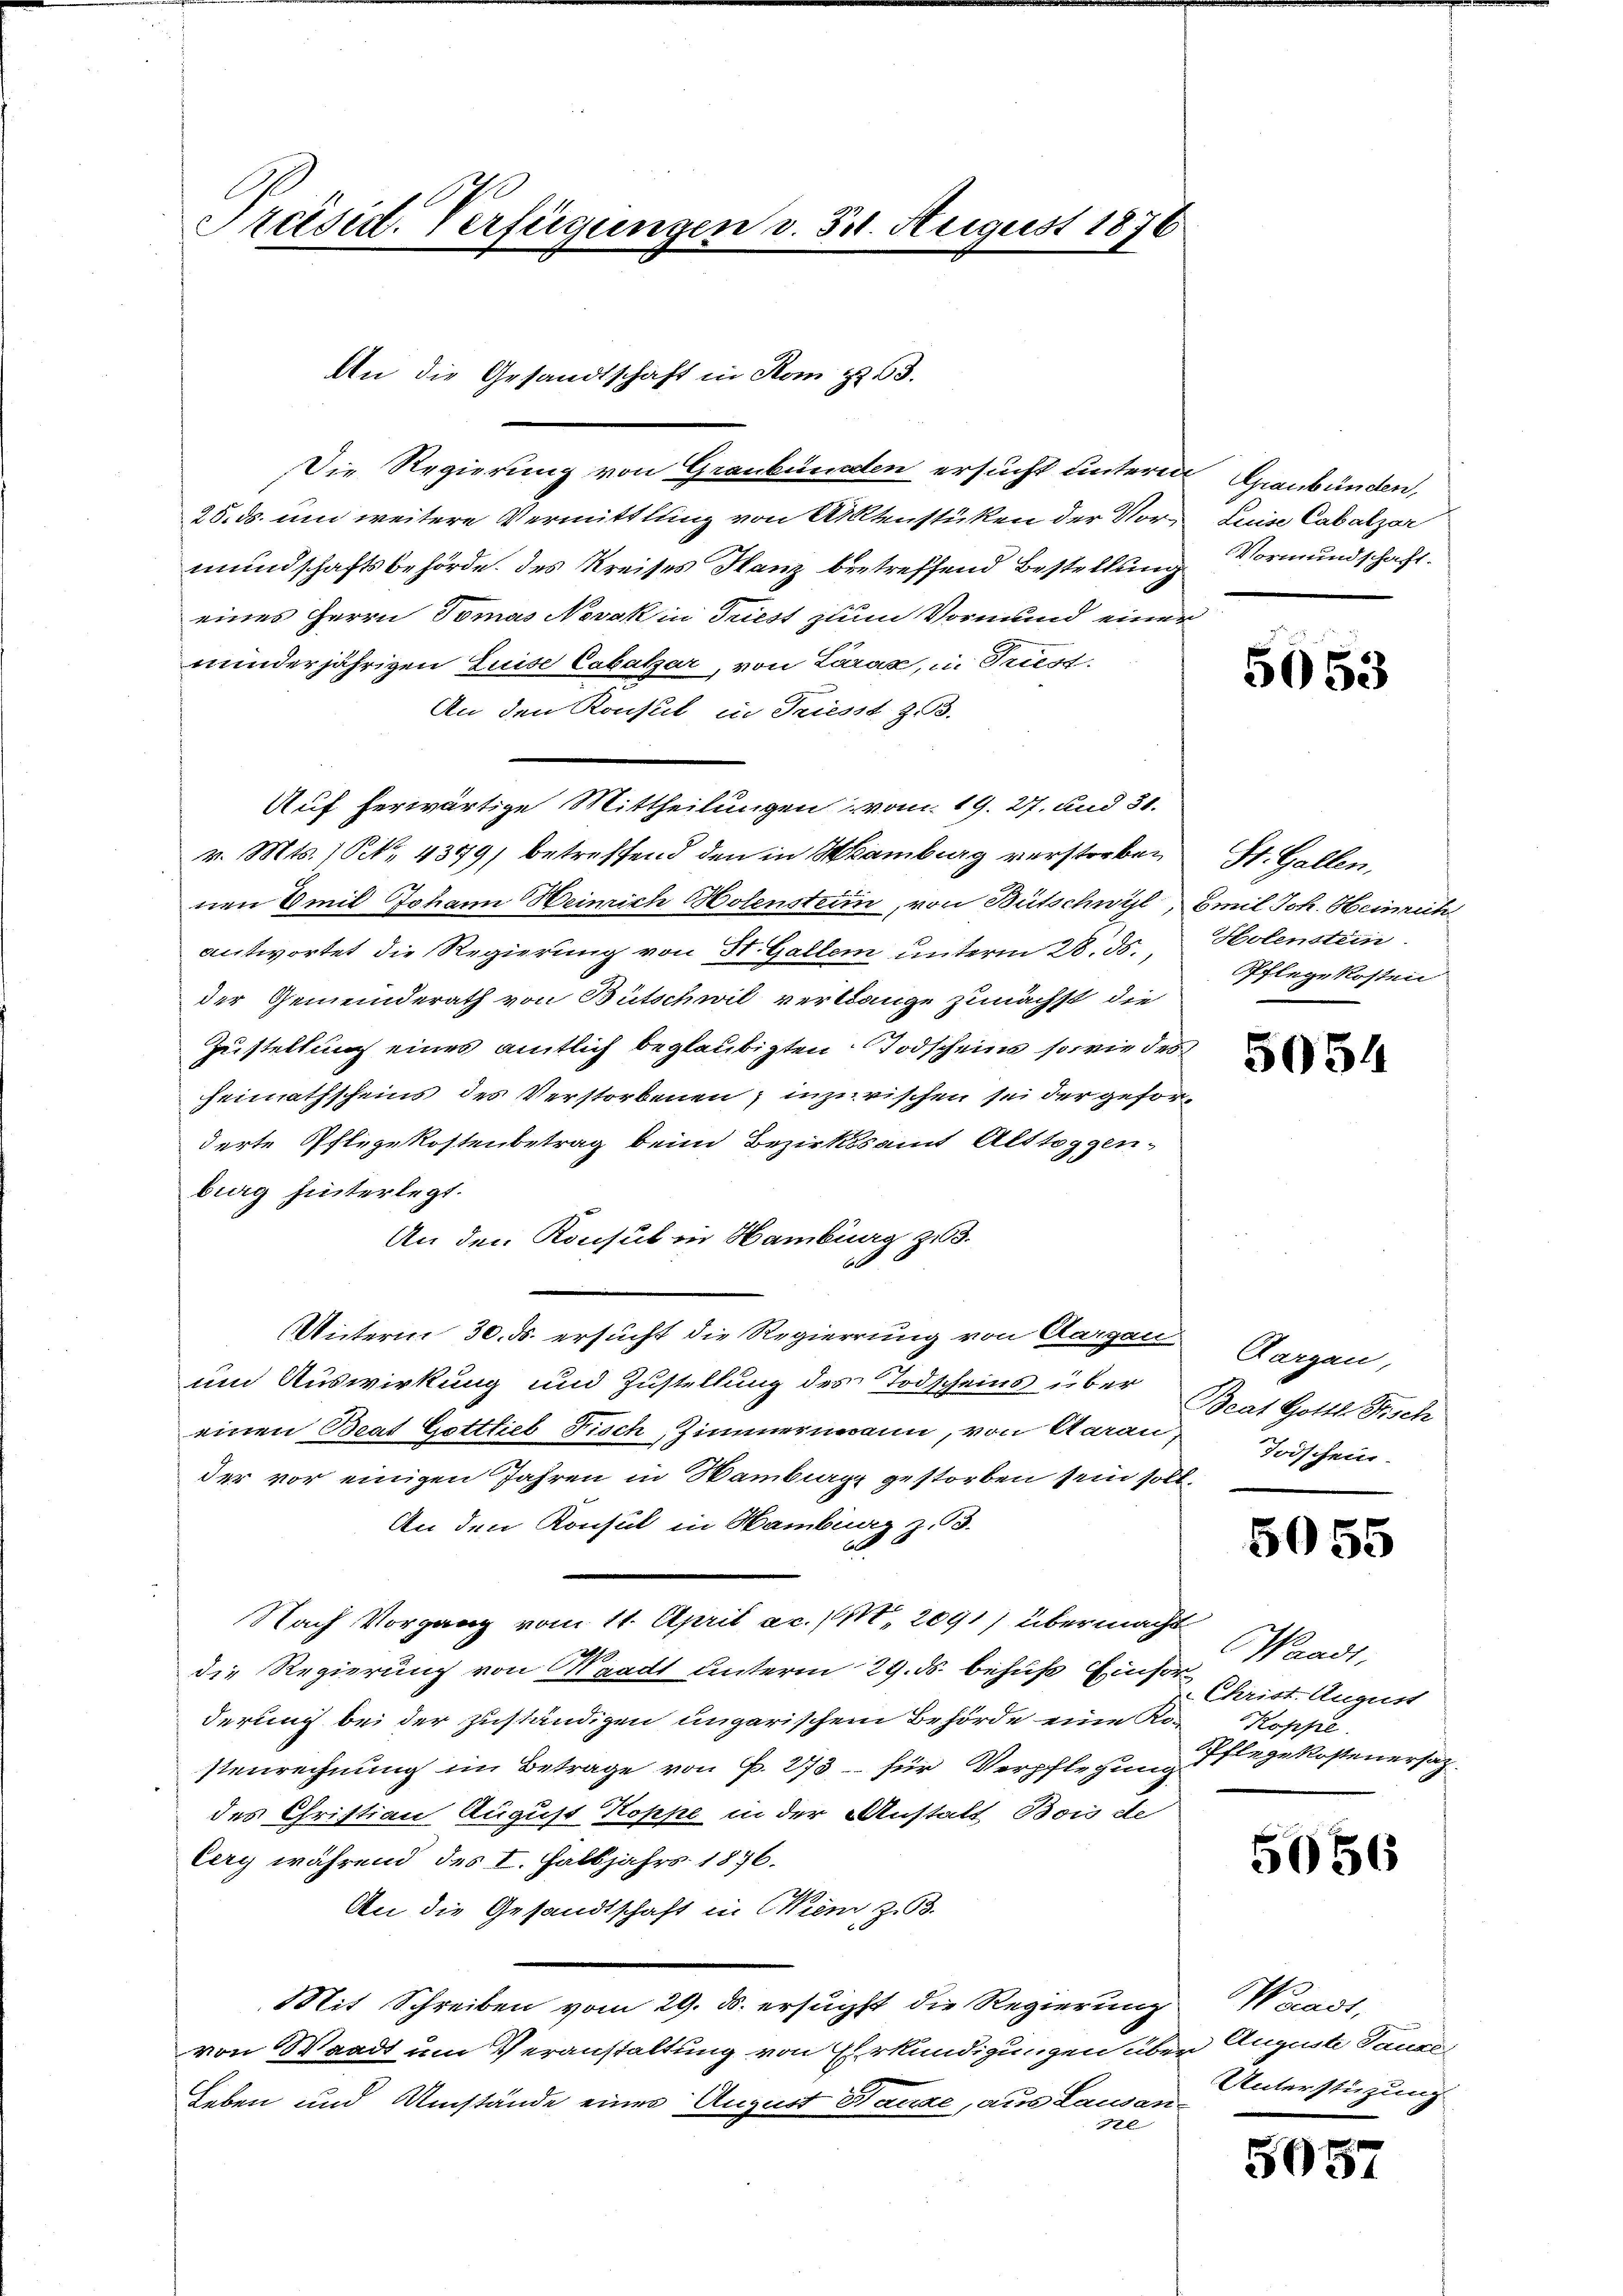
Präsid. Verfügungen v. 511. August 1876

Die Regierung von Graubünden ersucht unterm Graubünden,
25. ds. um weitere Vermittlung von Aktenstüken der Vormundschaftsbehörde des Kreises Manz betreffend Bestellung
eines Herrn Tomas Novak in Triest zum Vormund einer
minderjährigen Luise Cabatzar, von Läras, in Triest.
An den Konsul in Triesst z. B.
Auf herwärtige Mittheilungen vom 19. 27. und 31.
v. Mts. 1 S. 4379) betreffend den in Hamburg verstorbenen Emil Johann Heinrich Holenstein, von Bütschwyl,
antwortet die Regierung von St. Gallem unterm 28. ds.,
der Gemeinderath von Bütschwil verlange zunächst die
Zustellung eines amtlich beglaubigten Todscheins sowie des
Heimathscheins des Verstorbenen; inzurischen sei der geforderte Pflegekostenbetrag beim Bezirksamt Alttoggen-
burg hinterlegt.
An den Konsul in Hamburg zu 3.
Unterm 30. ds. ersucht die Regierung von Aargau
um Auswirkung und Zustellung des Todscheins über
einen Beat Gottlieb Fisch, Zimmenmann, von Aarau,
der vor einigen Jahren in Sambiagg gestorben sein soll,
An den Konsul in Hamburg z. 33.
Nach Vorgang vom 11. April ac. /M. 2091) übermacht
2
die Regierung von Waadt unterm 29. ds. behuf Einforderung bei der zuständigen ungarischem Behörde eine Ro-
stenrechnung im Betrage von P. 273 für Verpflegung Pflege kostene
des Christian August Koppe in der Anstalt Bon ste
Cery während des I. Halbjahrs 1876.
An die Gesandtschaft in Crem, z. 93.
Mit Schreiben vom 29. ds. ersuchst die Regierung
von Waadt um Veranstaltung von Erkundigungen über August Sauri
Leben und Umstände eines August Ganze, aus Lausan-
l

An die Gesandtschaft in Rom zZ. 63.

Leeise Cabalzor
Vormundschaft.

5053

St. Gallen,
Emil Joh. Heinrich
Holenstein.
Pflegekosten

5054

Aargau,
Beat Gottl. Fisch
Todschein.

5055

Waadt,
Christ. August
Koppe
Sch.

5056

Warast,
Unterstüzung

5057